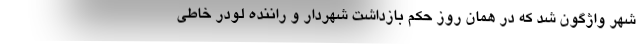
شهر واژگون شد که در همان روز حکم بازداشت شهردار و راننده لودر خاطی